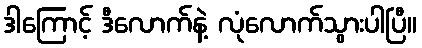
ဒါကြောင့် ဒီလောက်နဲ့ လုံလောက်သွားပါပြီ။